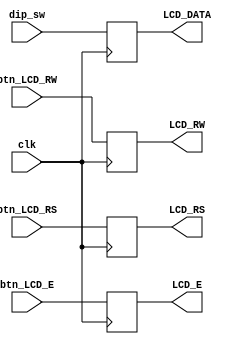
module text_LCD_instruction(clk, btn_LCD_E, btn_LCD_RS, btn_LCD_RW, dip_sw, LCD_E, LCD_RS, LCD_RW, LCD_DATA);

input clk;

input btn_LCD_E;
input btn_LCD_RS;
input btn_LCD_RW;
input [7:0] dip_sw;

output reg LCD_E, LCD_RS, LCD_RW;
output reg [7:0] LCD_DATA;
          
always @(posedge clk) {LCD_E, LCD_RS, LCD_RW, LCD_DATA} <= {btn_LCD_E, btn_LCD_RS, btn_LCD_RW, dip_sw};
 
endmodule